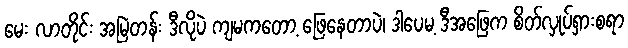
မေး လာတိုင်း အမြဲတန်း ဒီလိုပဲ ကျမကတော့ ဖြေနေတာပဲ၊ ဒါပေမ့ ဒီအဖြေက စိတ်လှုပ်ရှားစရာ